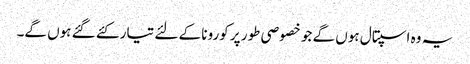
یہ وہ اسپتال ہوں گے جو خصوصی طور پر کورونا کے لئے تیار کئے گئے ہوں گے۔